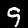
Label: 9